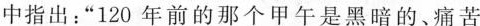
中指出：”120年前的那个甲午是黑暗的、痛苦